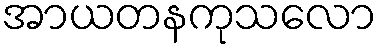
အာယတနကုသလော